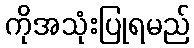
ကိုအသုံးပြုရမည်